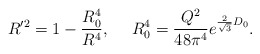
\begin{align*}R^{\prime 2} = 1 - {R_0^4 \over R^4},~~~~ R_0^4= { Q^2 \over 48 \pi^4} e^{ {2 \over \sqrt 3} D_0}.\end{align*}